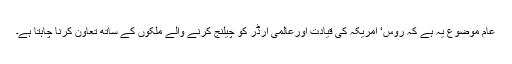
عام موضوع یہ ہے کہ روس‘ امریکہ کی قیادت اورعالمی آرڈر کو چیلنج کرنے والے ملکوں کے ساتھ تعاون کرنا چاہتا ہے۔